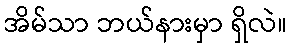
အိမ်သာ ဘယ်နားမှာ ရှိလဲ။